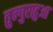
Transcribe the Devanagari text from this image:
तुन्गुराहुआ